Annual administration report of the Civil Veterinary Department of India - 1894-1895
Year: 1894
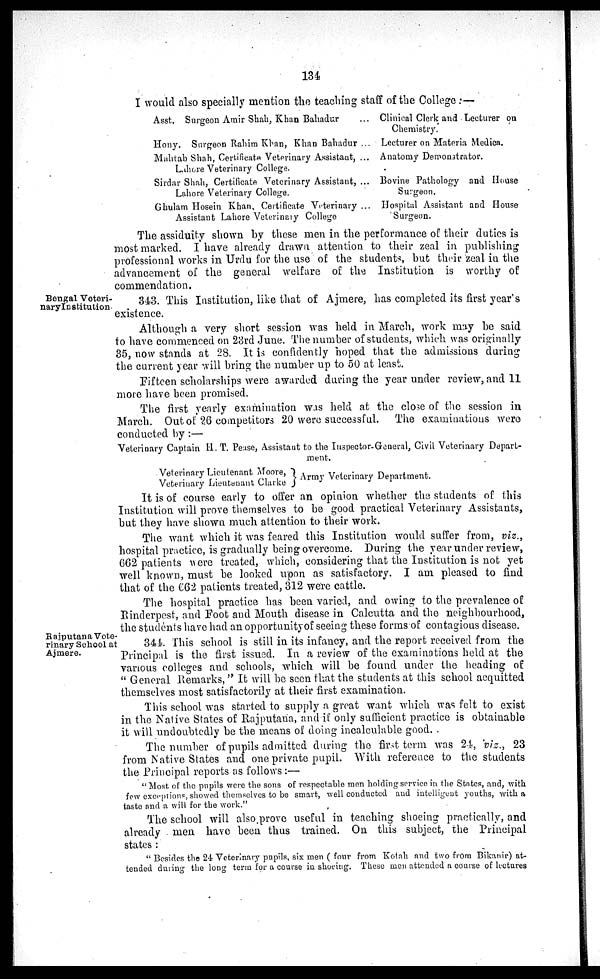
134
I would also specially mention the teaching staff of the College :—
Asst. Surgeon Amir Shah, Khan Bahadur ...
Hony. Surgeon Rahim Khan, Khan Bahadur ...
Mahtab Shah, Certificate Veterinary Assistant, ...
Lahore Veterinary College.
Sirdar Shah, Certificate Veterinary Assistant, ...
Lahore Veterinary College.
Ghulam Hosein Khan, Certificate Veterinary ...
Assistant Lahore Veterinary College
Clinical Clerk and Lecturer on
Chemistry.
Lecturer on Materia Medica.
Anatomy Demonstrator.
Bovine Pathology and House
Surgeon.
Hospital Assistant and House
Surgeon.
The assiduity shown by these men in the performance of their duties is
most marked. I have already drawn attention to their zeal in publishing
professional works in Urdu for the use of the students, but their zeal in the
advancement of the general welfare of the Institution is worthy of
commendation.
Bengal Veteri-
nary Institution
343. This Institution, like that of Ajmere, has completed its first year's
existence.
Although a very short session was held in March, work may be said
to have commenced on 23rd June. The number of students, which was originally
35, now stands at 28. It is confidently hoped that the admissions during
the current year will bring the number up to 50 at least.
Fifteen scholarships were awarded during the year under review, and 11
more have been promised.
The first yearly examination was held at the close of the session in
March. Out of 26 competitors 20 were successful. The examinations were
conducted by :—
Veterinary Captain H. T. Pease, Assistant to the Inspector-General, Civil Veterinary Depart-
ment.
Veterinary Lieutenant Moore,
Army Veterinary Department.
Veterinary Lieutenant Clarke
It is of course early to offer an opinion whether the students of this
Institution will prove themselves to be good practical Veterinary Assistants,
but they have shown much attention to their work.
The want which it was feared this Institution would suffer from, viz.,
hospital practice, is gradually being overcome. During the year under review,
662 patients were treated, which, considering that the Institution is not yet
well known, must be looked upon as satisfactory. I am pleased to find
that of the 662 patients treated, 312 were cattle.
The hospital practice has been varied, and owing to the prevalence of
Rinderpest, and Foot and Mouth disease in Calcutta and the neighbourhood,
the students have had an opportunity of seeing these forms of contagious disease.
RajputanaVete-
rinary School at
Ajmere.
344. This school is still in its infancy, and the report received from the
Principal is the first issued. In a review of the examinations held at the
various colleges and schools, which will be found under the heading of
" General Remarks,' It will be seen that the students at this school acquitted
themselves most satisfactorily at their first examination.
This school was started to supply a great want which was felt to exist
in the Native States of Rajputaua, and if only sufficient practice is obtainable
it will undoubtedly be the means of doing incalculable good. .
The number of pupils admitted during the first term was 24, viz., 23
from Native States and one private pupil. With reference to the students
the Principal reports as follows :—
"Most of the pupils were the sons of respectable men holding service in the States, and, with
few exceptions, showed themselves to be smart, well conducted and intelligent youths, with a
taste and a will for the work."
The school will also prove useful in teaching shoeing practically, and
already men have been thus trained. On this subject, the Principal
states :
" Besides the 24 Veterinary pupils, six men ( four from Kotah and two from Bikanir) at-
tended during the long term for a course in shoeing. These men attended a course of lectures